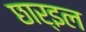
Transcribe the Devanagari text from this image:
छार्इल